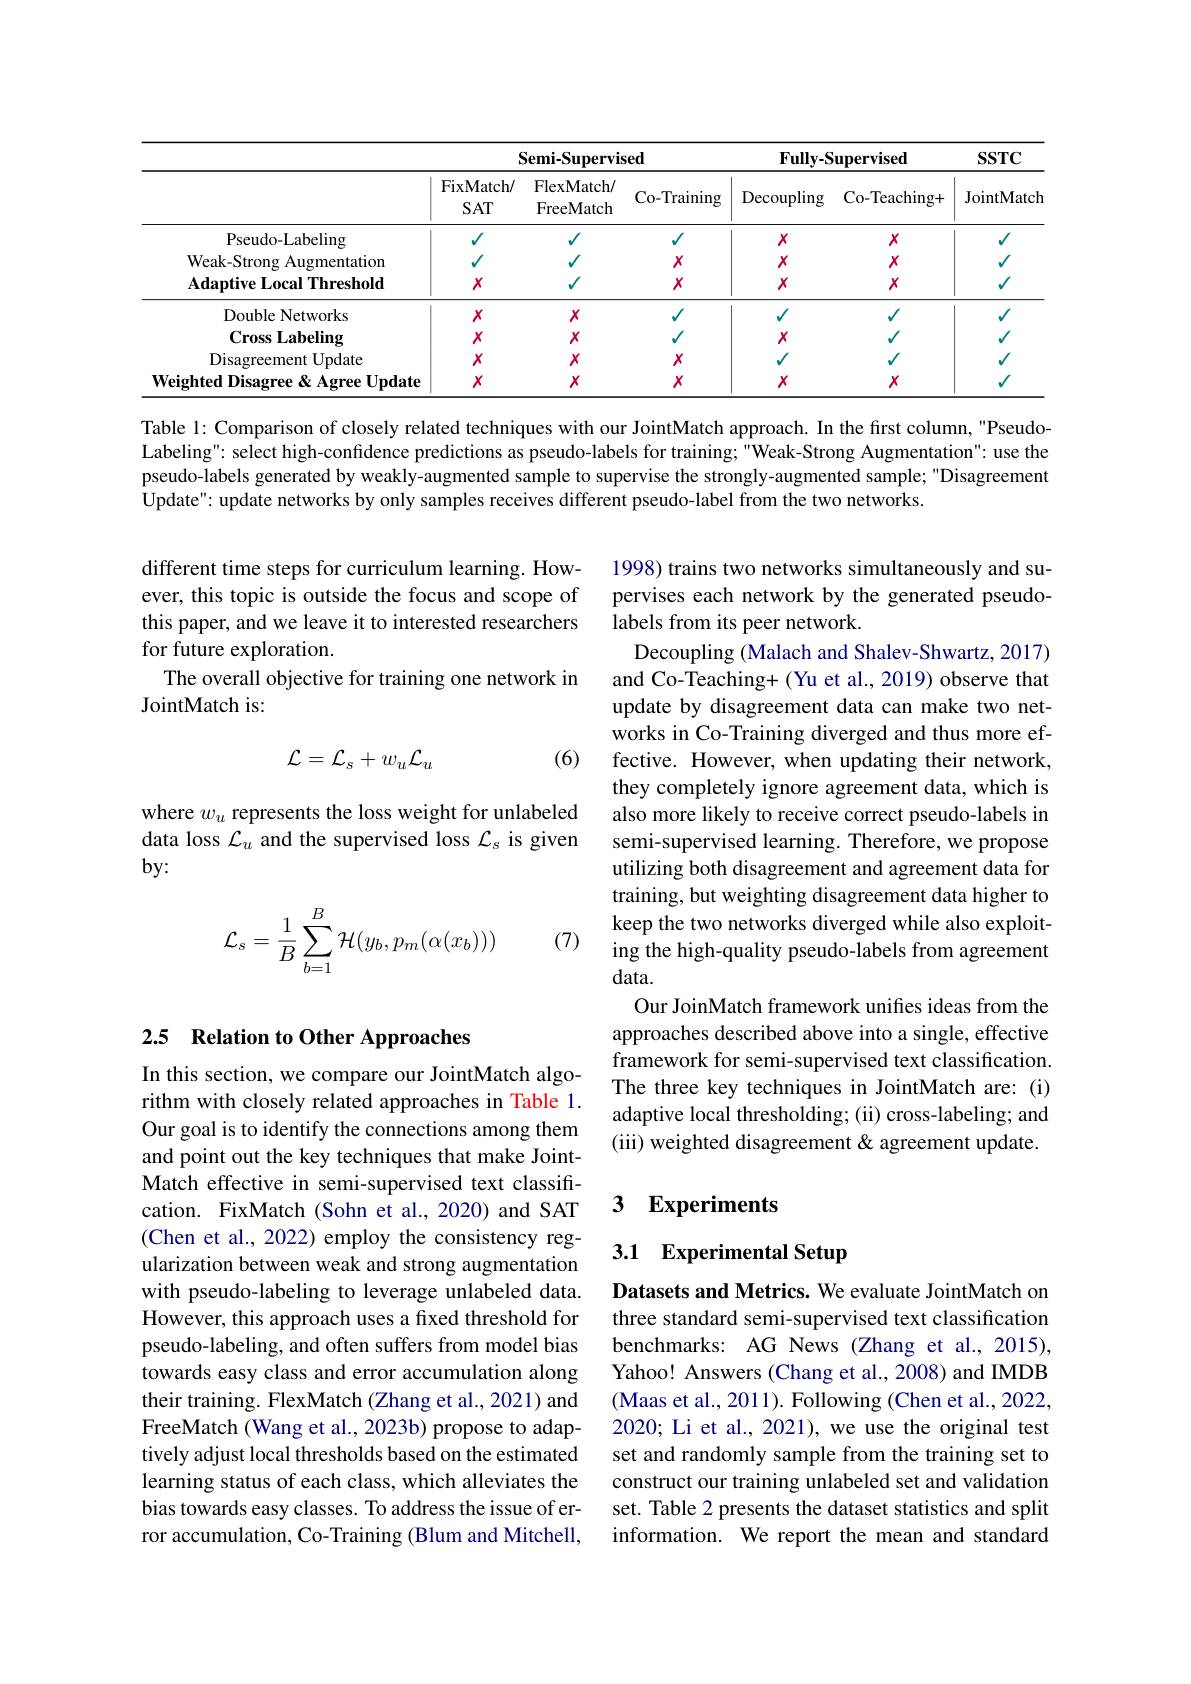
<table>
	<tbody>
		<tr>
			<th> </th>
			<th colspan="2">${\mathbf{Semi-Supervised}}$</th>
			<th>sed</th>
			<th colspan="2">$\mathbf{Fully-Supervised}$</th>
			<th rowspan="2">$SSTC$ JointMatch</th>
		</tr>
		<tr>
			<th> </th>
			<th>FixMatch/ $SAT$</th>
			<th>FlexMatch/ FreeMatch</th>
			<th>Co-Training</th>
			<th>$\operatorname{Decoupling}$</th>
			<th>Co-Teaching+</th>
		</tr>
		<tr>
			<td>Pseudo- Labeling</td>
			<td>$\sqrt{1}$</td>
			<td>$V$</td>
			<td>$√$</td>
			<td>$X$</td>
			<td>$X$</td>
			<td>$\sqrt{1}$</td>
		</tr>
		<tr>
			<td>Weak-Strong Augmentation</td>
			<td> </td>
			<td> </td>
			<td>$X$</td>
			<td>$X$</td>
			<td>$X$</td>
			<td> </td>
		</tr>
		<tr>
			<td>$\mathbf{Adaptive~Local~Threshold}$</td>
			<td>$X$</td>
			<td> </td>
			<td>$X$</td>
			<td>$X$</td>
			<td>$X$</td>
			<td>1</td>
		</tr>
		<tr>
			<td>Double Networks</td>
			<td>$X$</td>
			<td>$X$</td>
			<td>$√$</td>
			<td>$\sqrt{1}$</td>
			<td>$√$</td>
			<td> </td>
		</tr>
		<tr>
			<td>$\mathbf{Cross~Labeling}$</td>
			<td>$X$</td>
			<td>$X$</td>
			<td> </td>
			<td>$X$</td>
			<td>$\sqrt{1}$</td>
			<td> </td>
		</tr>
		<tr>
			<td>Disagreement Update</td>
			<td>$X$</td>
			<td>$X$</td>
			<td>$X$</td>
			<td> </td>
			<td> </td>
			<td> </td>
		</tr>
		<tr>
			<td>${\boldsymbol{\alpha}}$Agree Update $\mathbf{WeightedDisagree}$</td>
			<td>$X$</td>
			<td>$X$</td>
			<td>$X$</td>
			<td>$X$</td>
			<td>$X$</td>
			<td> </td>
		</tr>
	</tbody>
</table>

Table 1: Comparison of closely related techniques with our JointMatch approach. In the first column, "PseudoLabeling" select high-confidence predictions as pseudo-labels for training;"Weak-Strong Augmentation" use the pseudo-labels generated by weakly-augmented sample to supervise the strongly-augmented sample; "Disagreement Update": update networks by only samples receives different pseudo-label from the two networks.

different time steps for curriculum learning. However, this topic is outside the focus and scope of this paper, and we leave it to interested researchers for future exploration.
The overall objective for training one network in
JointMatch is:

(6)
$$\mathcal{L}=\mathcal{L}_{s}+w_{u}\mathcal{L}_{u}$$
where $w_u$ represents the loss weight for unlabeled data loss $\mathcal{L}_u$ and the supervised loss $\mathcal{L}_s$ is given $by:$

1998) trains two networks simultaneously and supervises each network by the generated pseudolabels from its peer network.
Decoupling (Malach and Shalev-Shwartz, 2017) and Co-Teaching+ (Yu et al., 2019) observe that update by disagreement data can make two networks in Co-Training diverged and thus more effective. However, when updating their network, they completely ignore agreement data, which is also more likely to receive correct pseudo-labels in semi-supervised learning. Therefore, we propose utilizing both disagreement and agreement data for training, but weighting disagreement data higher to keep the two networks diverged while also exploiting the high-quality pseudo-labels from agreement data.
Our JoinMatch framework unifes ideas from the approaches described above into a single, effective framework for semi-supervised text classification. The three key techniques in JointMatch are: (i) adaptive local thresholding; (ii) cross-labeling; and (iii) weighted disagreement & agreement update.
$$\mathcal{L}_s=\dfrac{1}{B}\sum\limits_{b=1}^B\mathcal{H}(y_b,p_m(\alpha(x_b)))$$
(7)

## 2.5 Relation to Other Approaches

### 3 $\textbf{Experiments}$

### 3.1 Experimental Setup

In this section, we compare our JointMatch algorithm with closely related approaches in Table 1. Our goal is to identify the connections among them and point out the key techniques that make JointMatch effective in semi-supervised text classification. FixMatch (Sohn et al.,2020) and SAT (Chen et al., 2022) employ the consistency regularization between weak and strong augmentation with pseudo-labeling to leverage unlabeled data. However, this approach uses a fixed threshold for pseudo-labeling, and often suffers from model bias towards easy class and error accumulation along their training. FlexMatch (Zhang et al., 2021) and FreeMatch (Wang et al., 2023b) propose to adaptively adjust local thresholds based on the estimated learning status of each class, which alleviates the bias towards easy classes. To address the issue of error accumulation, Co-Training (Blum and Mitchell,

Datasets and Metrics. We evaluate JointMatch on three standard semi-supervised text classification benchmarks: AG News (Zhang et al.,2015), Yahoo! Answers (Chang et al., 2008) and IMDB (Maas et al., 2011). Following (Chen et al., 2022, 2020; Li et al., 2021), we use the original test set and randomly sample from the training set to construct our training unlabeled set and validation set. Table 2 presents the dataset statistics and split information. We report the mean and standard